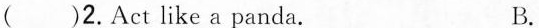
( )2.Act like a panda. B.